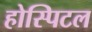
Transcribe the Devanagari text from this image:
होस्पिटल